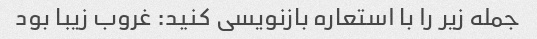
جمله زیر را با استعاره بازنویسی کنید: غروب زیبا بود